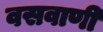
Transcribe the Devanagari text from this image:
वसवाणी